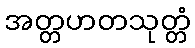
အတ္တဟတသုတ္တံ